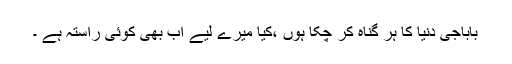
باباجی دنیا کا ہر گناہ کر چکا ہوں ،کیا میرے لیے اب بھی کوئی راستہ ہے ۔